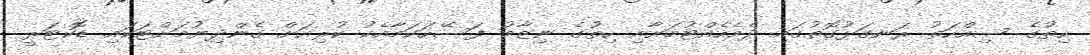
ހިތުގެ ސިއްހަތު ރަނގަޅުގޮތުގައި ދެމެހެއްޓުމަށާއި ހިތުގެ ނިޒާމު ފަސޭހަކަމާއެކު ކުރިއަށް ގެންދިޔުމަށްޓަކައި ޑޮކްޓަރީ